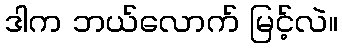
ဒါက ဘယ်လောက် မြင့်လဲ။